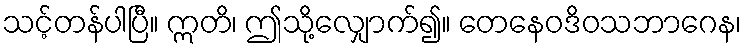
သင့်တန်ပါပြီ။ ဣတိ၊ ဤသို့လျှောက်၍။ တေနေဝဒိဝသဘာဂေန၊